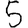
Digit: 5